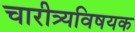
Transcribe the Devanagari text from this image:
चारीत्र्यविषयक